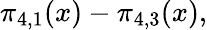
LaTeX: \pi_{4,1}(x)-\pi_{4,3}(x),